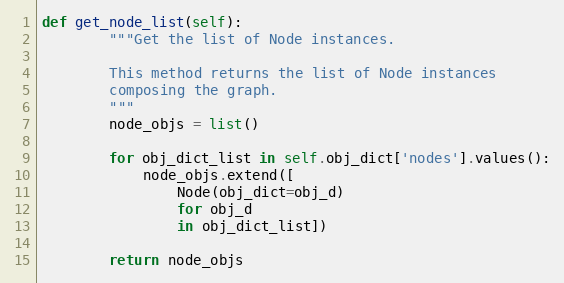
Language: Python
def get_node_list(self):
        """Get the list of Node instances.

        This method returns the list of Node instances
        composing the graph.
        """
        node_objs = list()

        for obj_dict_list in self.obj_dict['nodes'].values():
            node_objs.extend([
                Node(obj_dict=obj_d)
                for obj_d
                in obj_dict_list])

        return node_objs